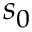
s _ { 0 }